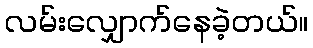
လမ်းလျှောက်နေခဲ့တယ်။